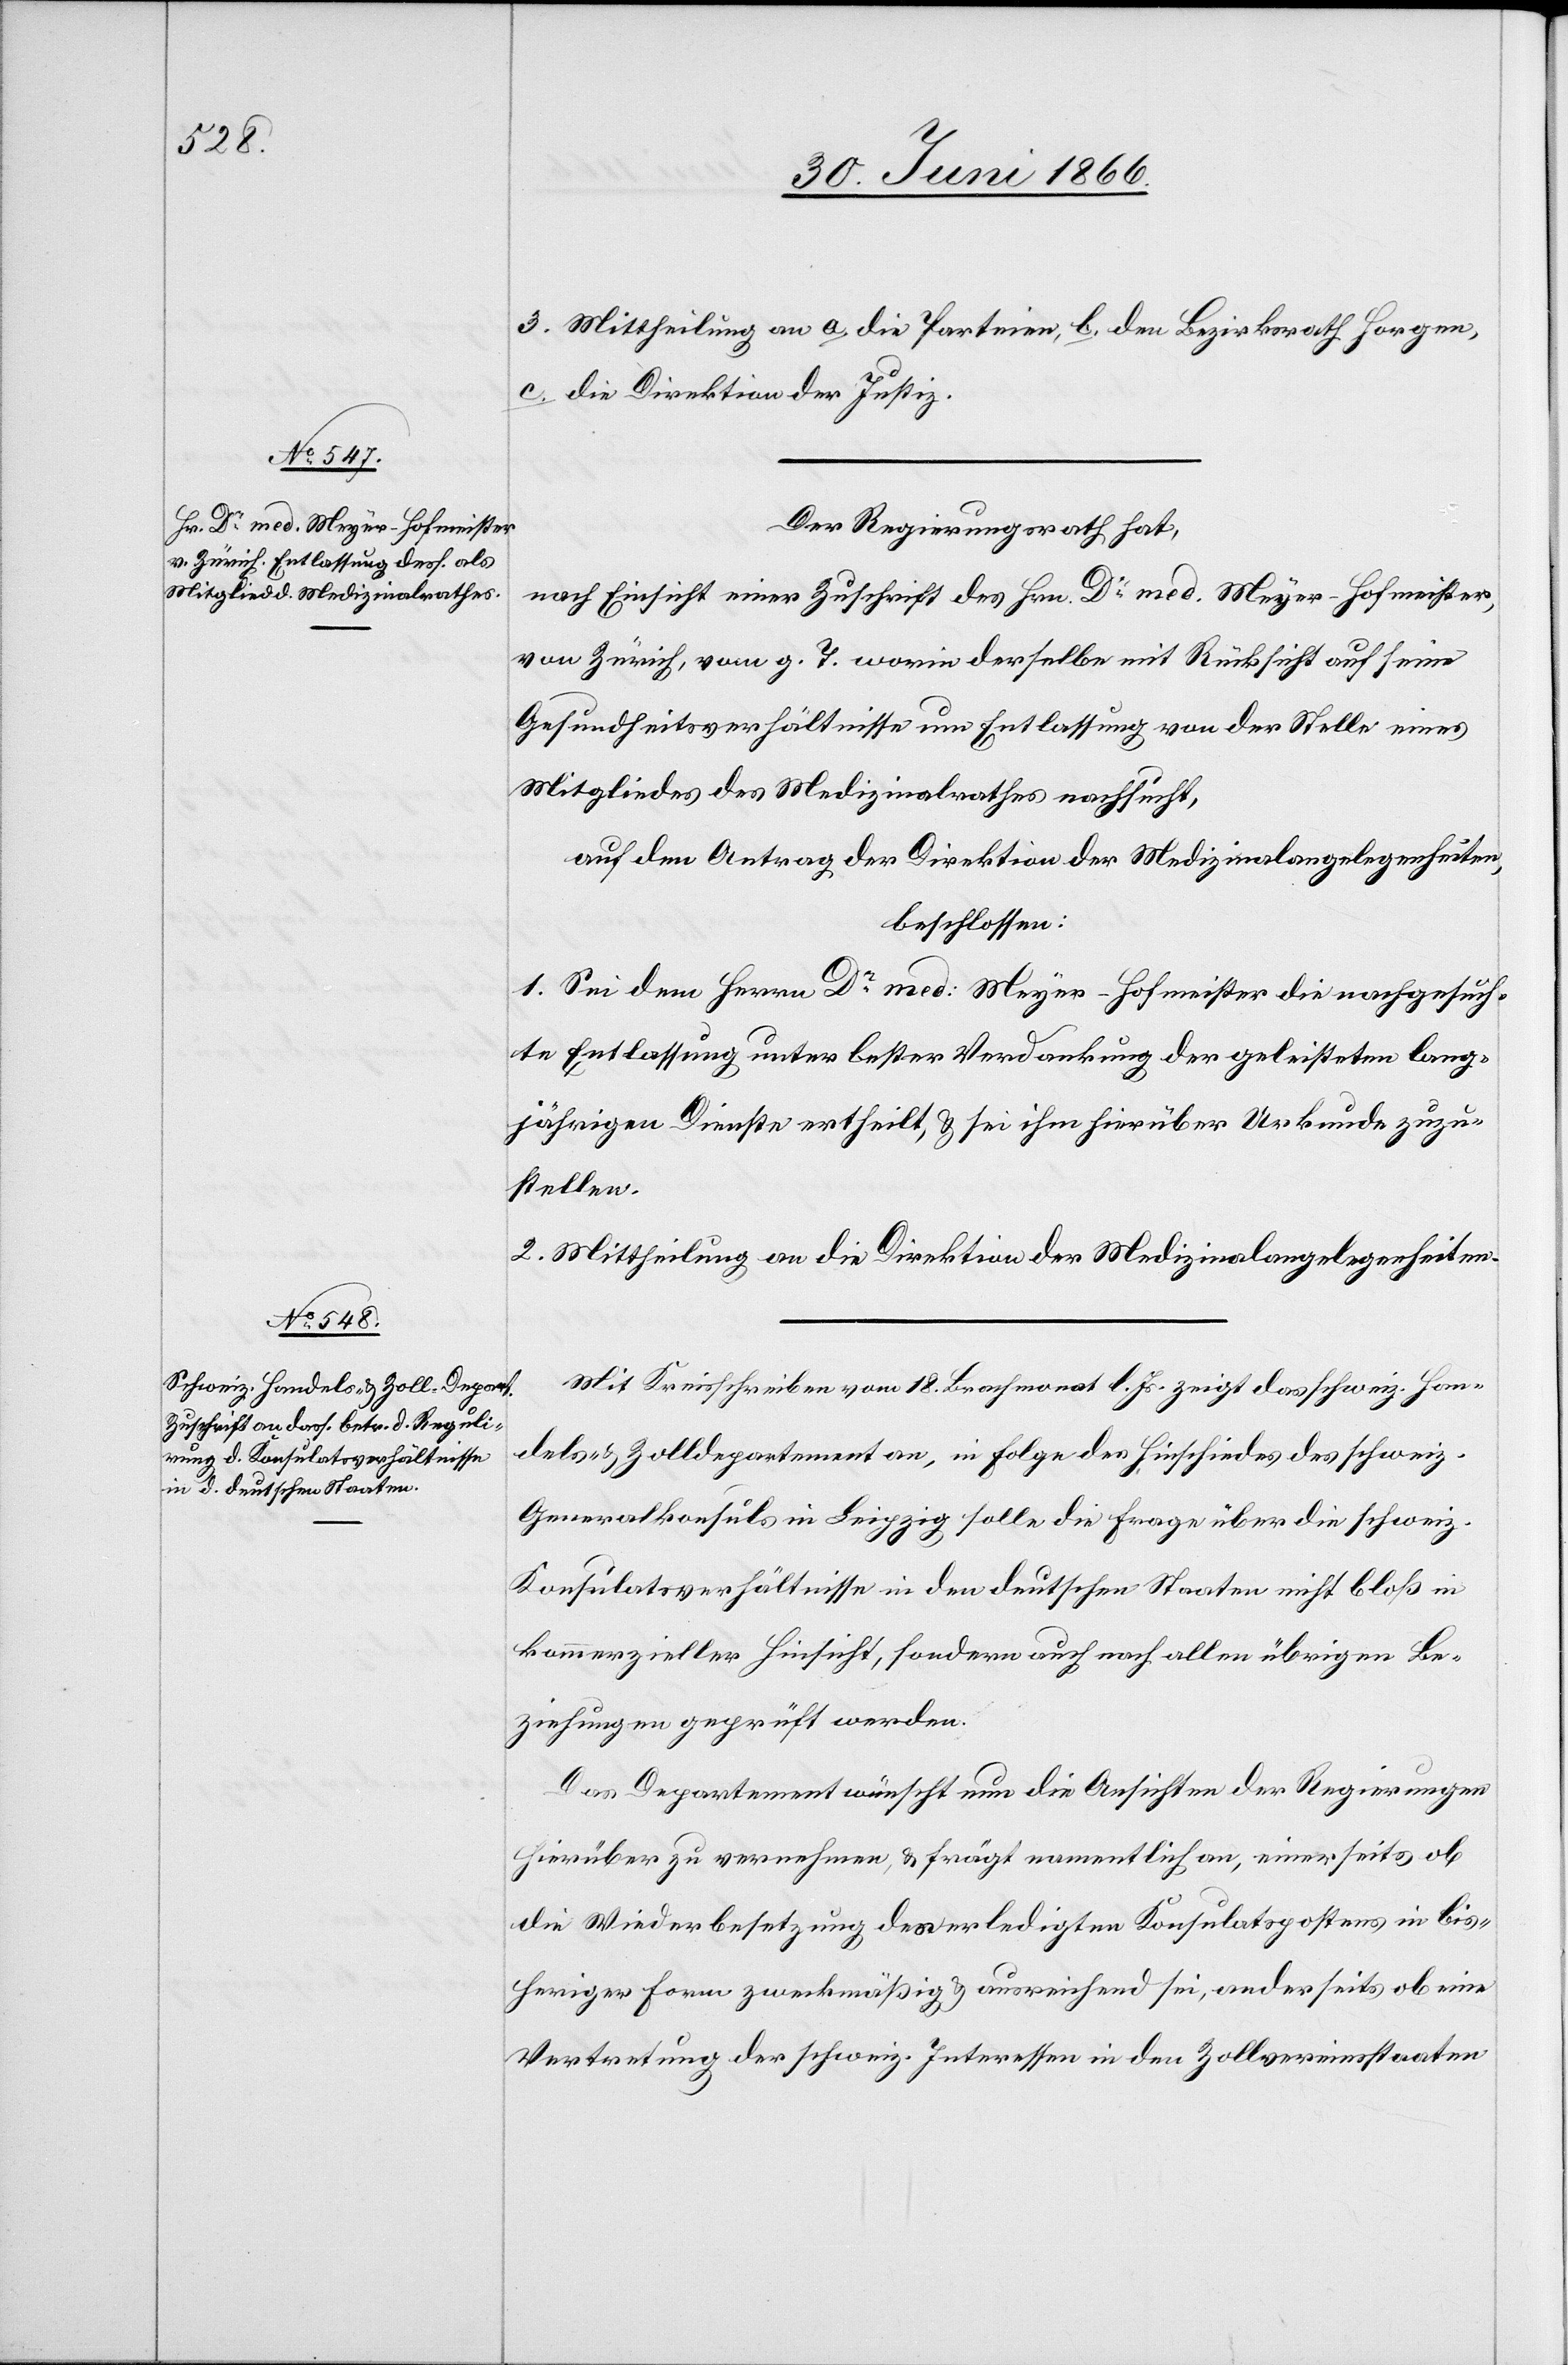
3. Mittheilung an a. die Parteien, b. den Bezirksrath Horgen,
c. die Direktion der Justiz.
Der Regierungsrath hat,
nach Einsicht einer Zuschrift des Hrn. Dr. med. Meyer-Hofmeister,
von Zürich, vom g. T. worin derselbe mit Rücksicht auf seine
Gesundheitsverhältnisse um Entlassung von der Stelle eines
Mitgliedes des Medizinalrathes nachsucht,
auf den Antrag der Direktion der Medizinalangelegenheiten,
beschlossen:
1. Sei dem Herrn Dr. med: Meyer-Hofmeister die nachgesuch¬
te Entlassung unter bester Verdankung der geleisteten lang¬
jährigen Dienste ertheilt u. sei ihm hierüber Urkunde zuzu¬
stellen.
2. Mittheilung an die Direktion der Medizinalangelegenheiten.
Mit Kreisschreiben vom 18. Brachmonat l. Js. zeigt das schweiz. Han¬
dels- u. Zolldepartement an, in Folge des Hinschiedes des schweiz.
Generalkonsuls in Leipzig solle die Frage über die schweiz.
Konsulatsverhältnisse in den deutschen Staaten nicht bloß in
kommerzieller Hinsicht, sondern auch nach allen übrigen Be¬
ziehungen geprüft werden.
Das Departement wünscht nun die Ansichten der Regierungen
hierüber zu vernehmen, u. frägt namentlich an, einerseits ob
die Wiederbesetzung des erledigten Konsulatspostens in bis¬
heriger Form zweckmäßig u. ausreichend sei, anderseits ob eine
Vertretung der schweiz. Interessen in den Zollvereinsstaaten